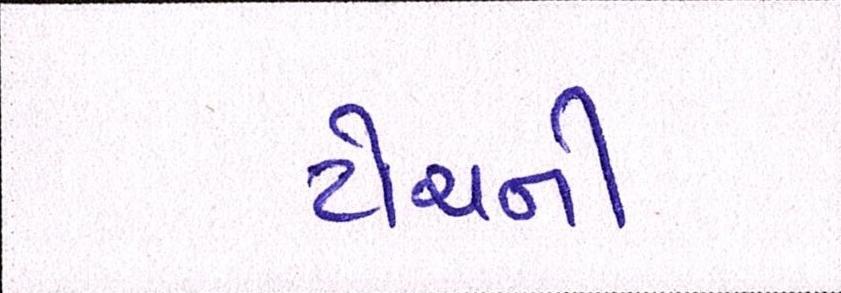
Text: ટોચની